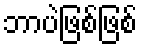
ဘာပဲဖြစ်ဖြစ်